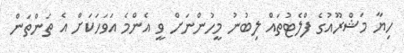
ހިޔާ މަޝްރޫއުގެ ފްލެޓުތައް ލިބުނު މީހުންނަށް ވީ އެންމެ އަވަހަކަށް އެ ތަންތަން